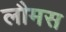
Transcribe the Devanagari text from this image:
लौमस